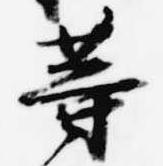
等